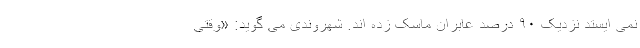
نمی ایستد نزدیک ۹۰ درصد عابران ماسک زده اند. شهروندی می گوید: «وقتی